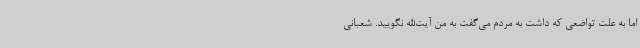
اما به علت تواضعی که داشت به مردم می‌گفت به من آیت‌الله نگویید. شعبانی